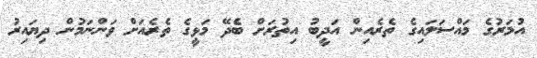
އުމަރުގެ މައްސަލައިގެ ތެރެއިން އަދީބު އިތުރަށް ބެދޭ މަޅީގެ ތެރެއަށް ވަންނަމުން ދިޔައިރު